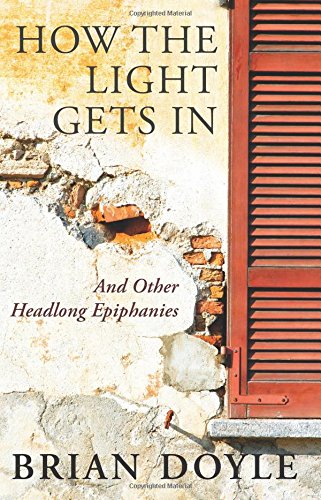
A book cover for How the Light Gets in: And Other Headlong Epiphanies; Brian Doyle; Christian Books & Bibles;